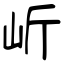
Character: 岓